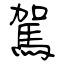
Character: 駕